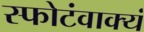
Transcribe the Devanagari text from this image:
स्फोटंवाक्यं